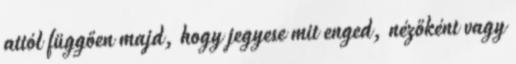
attól függően majd, hogy jegyese mit enged, nézőként vagy